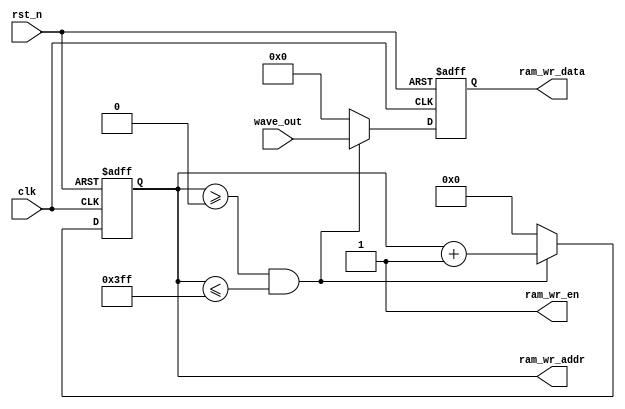
module ram_wr(
    input               clk,           //
    input               rst_n,         //
    input wire [11:0]   wave_out,
                                    
    //RAM                 
    output              ram_wr_en,     //ram
    output reg [9:0]    ram_wr_addr,   //ram        
    output reg [11:0]   ram_wr_data    //ram
);

//*****************************************************
//**                    main code
//*****************************************************

// //wr_cnt0~31,ram_wr_en
// assign ram_wr_en = ((wr_cnt>=10'd0) && (wr_cnt<=10'd1023) && rst_n) ? 1'b1 : 1'b0;
assign ram_wr_en = 1'b1;

// :0~31        
always @(posedge clk or negedge rst_n) begin
    if(!rst_n) begin
        ram_wr_addr <= 10'd0;
        ram_wr_data <= 12'd0;
    end         
    else if(ram_wr_addr >= 10'd0 && ram_wr_addr <= 10'd1023) begin
        ram_wr_addr <= ram_wr_addr + 1'b1;
        ram_wr_data <= wave_out;
    end
    else begin
        ram_wr_addr <= 10'd0;
        ram_wr_data <= 12'd0;
    end
        
end        

endmodule